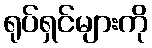
ရုပ်ရှင်များကို